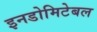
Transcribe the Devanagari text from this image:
इनडोमिटेबल